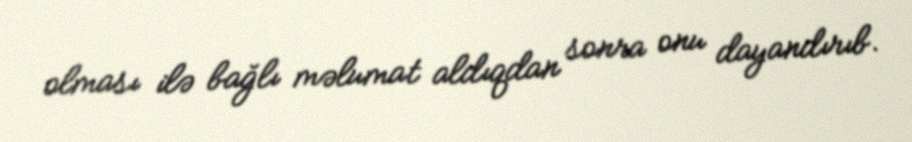
olması ilə bağlı məlumat aldıqdan sonra onu dayandırıb.